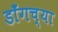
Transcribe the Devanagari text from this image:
डाँगच्या